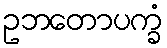
ဥဘတောပက္ခံ